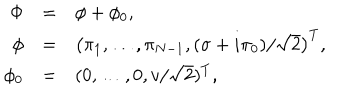
\begin{array} { r c l } { { \Phi } } & { { = } } & { { \phi + \phi _ { 0 } , } } \\ { { \phi } } & { { = } } & { { \left( \pi _ { 1 } , \dots , \pi _ { N - 1 } , ( \sigma + i \pi _ { 0 } ) / \sqrt { 2 } \right) ^ { T } , } } \\ { { \phi _ { 0 } } } & { { = } } & { { ( 0 , \dots , 0 , v / \sqrt { 2 } ) ^ { T } , } } \\ \end{array}